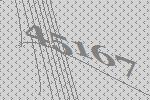
45167